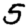
Digit: 5